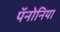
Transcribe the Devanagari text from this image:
पॅनोनिया